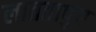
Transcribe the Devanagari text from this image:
लाततापुर